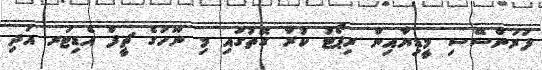
ފަރަންސޭސި މީޑިޔާއިން ރިޕޯޓު ކުރާ ގޮތުގައި މި ނޫހުގެ ޗީފް އެޑިޓަރ އަދި